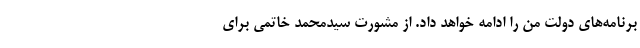
برنامه‌های دولت من را ادامه خواهد داد. از مشورت سیدمحمد خاتمی برای